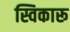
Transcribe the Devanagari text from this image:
स्विकारू